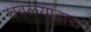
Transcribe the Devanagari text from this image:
धवळ्याद्वारा